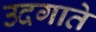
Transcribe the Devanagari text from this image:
उदगाते